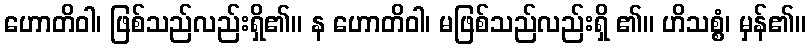
ဟောတိဝါ၊ ဖြစ်သည်လည်းရှိ၏။ န ဟောတိဝါ၊ မဖြစ်သည်လည်းရှိ ၏။ ဟိသစ္စံ၊ မှန်၏။